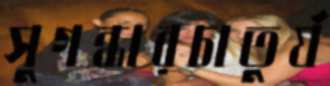
সুগন্ধারচাতুর্য